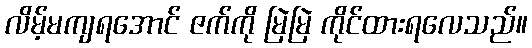
လိမ့်မကျရအောင် ဇက်ကို မြဲမြဲ ကိုင်ထားရလေသည်။